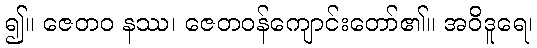
၍။ ဇေတဝ နဿ၊ ဇေတဝန်ကျောင်းတော်၏။ အဝိဒူရေ၊